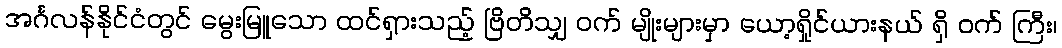
အင်္ဂလန်နိုင်ငံတွင် မွေးမြူသော ထင်ရှားသည့် ဗြိတိသျှ ဝက် မျိုးများမှာ ယော့ရှိုင်ယားနယ် ရှိ ဝက် ကြီး၊